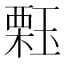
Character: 𱯑